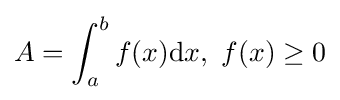
A=\int _{a}^{b}f(x)\mathrm {d} x,\ f(x)\geq 0